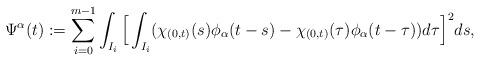
LaTeX: \begin{align*}\Psi^\alpha(t):=\sum_{i=0}^{m-1} \int_{I_i} \Big[\int_{I_i} (\chi_{(0,t)}(s)\phi_\alpha(t-s)-\chi_{(0,t)}(\tau)\phi_\alpha(t-\tau))d\tau \Big]^2ds,\end{align*}